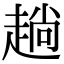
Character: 趟